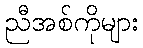
ညီအစ်ကိုများ